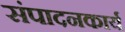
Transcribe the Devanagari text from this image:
संपादनकार्य